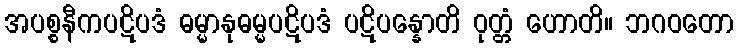
အပစ္စနီကပဋိပဒံ ဓမ္မာနုဓမ္မပဋိပဒံ ပဋိပန္နောတိ ဝုတ္တံ ဟောတိ။ ဘဂဝတော